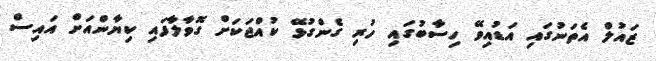
ޒައުލް އެތަނުގައި އަޑުއިވޭ ހިސާބުގައި ހުރި ގެންގުޅޭ ކުއްޖަކަށް ގޮވާލާފައި ކިޔާންއަށް އައިސް